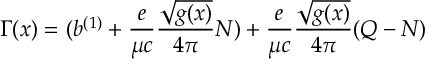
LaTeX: \Gamma ( x ) = ( b ^ { ( 1 ) } + { \frac { e } { \mu c } } { \frac { \sqrt { g ( x ) } } { 4 \pi } } N ) + { \frac { e } { \mu c } } { \frac { \sqrt { g ( x ) } } { 4 \pi } } ( Q - N )